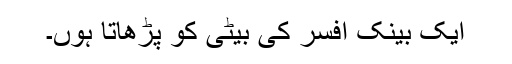
ایک بینک افسر کی بیٹی کو پڑھاتا ہوں۔